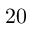
2 0